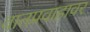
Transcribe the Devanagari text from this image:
वातप्रवाहावर